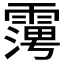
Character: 𮦪